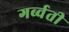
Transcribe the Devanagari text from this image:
गर्ब्वती